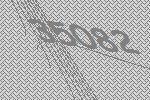
35082